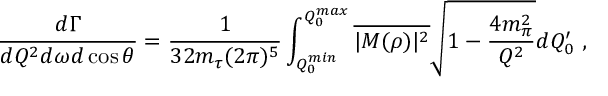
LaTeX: \frac { d \Gamma } { d Q ^ { 2 } d \omega d \cos \theta } = \frac { 1 } { 3 2 m _ { \tau } ( 2 \pi ) ^ { 5 } } \int _ { Q _ { 0 } ^ { m i n } } ^ { Q _ { 0 } ^ { m a x } } \overline { { { | { \cal M } ( \rho ) | ^ { 2 } } } } \sqrt { 1 - \frac { 4 m _ { \pi } ^ { 2 } } { Q ^ { 2 } } } d Q _ { 0 } ^ { \prime } \ ,